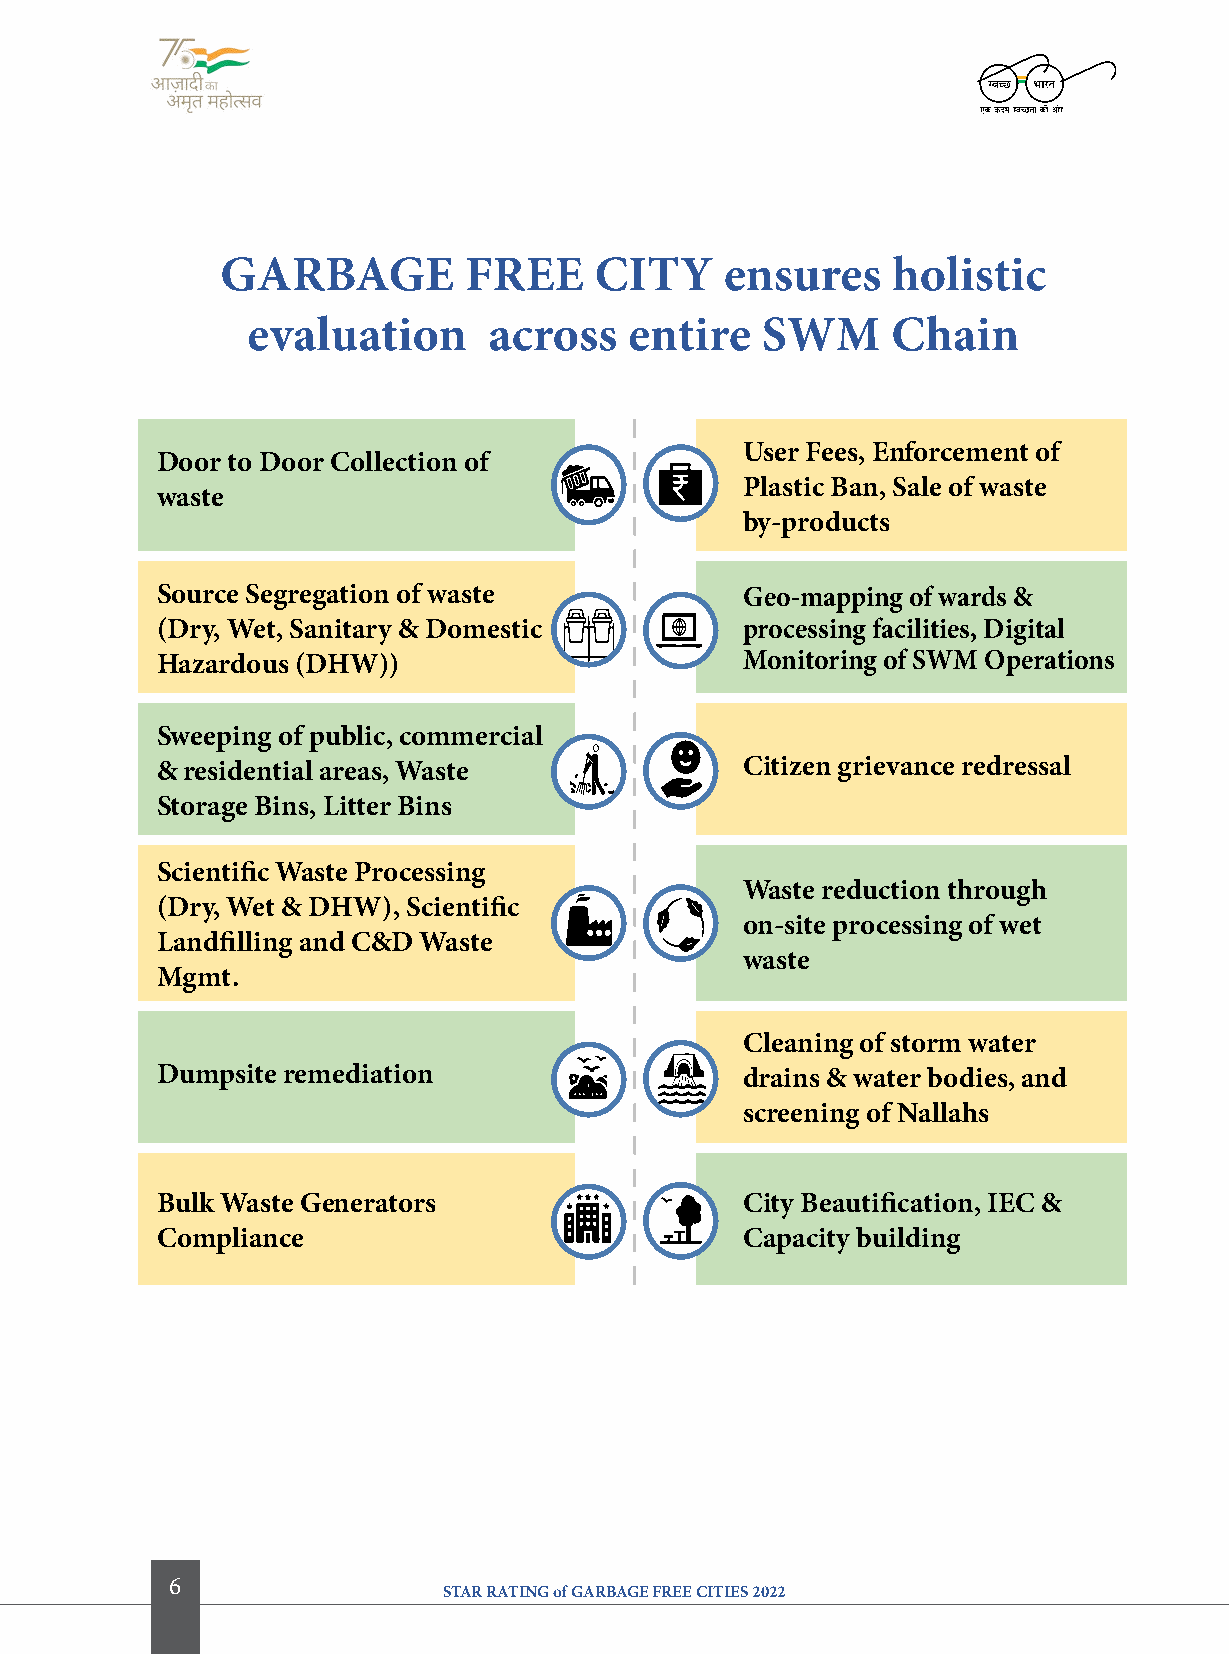
garBage         free    city     ensures    holistic
 evaluation      across    entire  SWM      chain
 User fees, enforcement of
 Door to Door collection of
 Plastic Ban, Sale of waste
 waste
 by-products
 Source Segregation of waste            geo-mapping of wards &
 (Dry, Wet, Sanitary & Domestic         processing facilities, Digital
 Hazardous (DHW))                       Monitoring of SWM operations
 Sweeping of public, commercial
 & residential areas, Waste             citizen grievance redressal
 Storage Bins, litter Bins
 Scientific Waste Processing
 Waste reduction through
 (Dry, Wet & DHW), Scientific
 on-site processing of wet
 landfilling and c&D Waste
 waste
 Mgmt.
 cleaning of storm water
 Dumpsite remediation                   drains & water bodies, and
 screening of Nallahs
 Bulk Waste generators                  city Beautification, iec &
 compliance                             capacity building
 6
 STAR RATING of GARBAGE FREE CITIES 2022